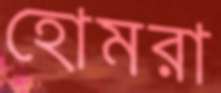
হোমরা